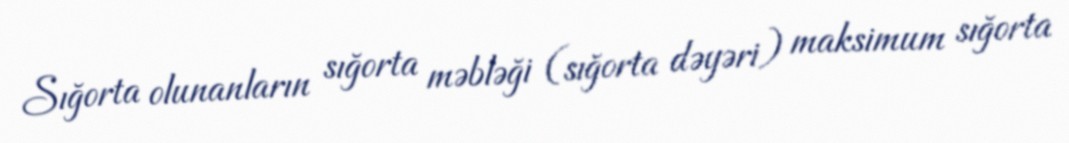
Sığorta olunanların sığorta məbləği (sığorta dəyəri) maksimum sığorta